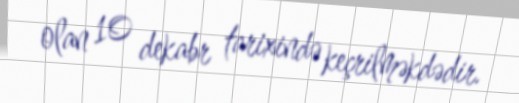
olan 10 dekabr tarixində keçrilməkdədir.